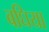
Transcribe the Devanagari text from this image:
बघिया